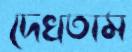
দেখতাম